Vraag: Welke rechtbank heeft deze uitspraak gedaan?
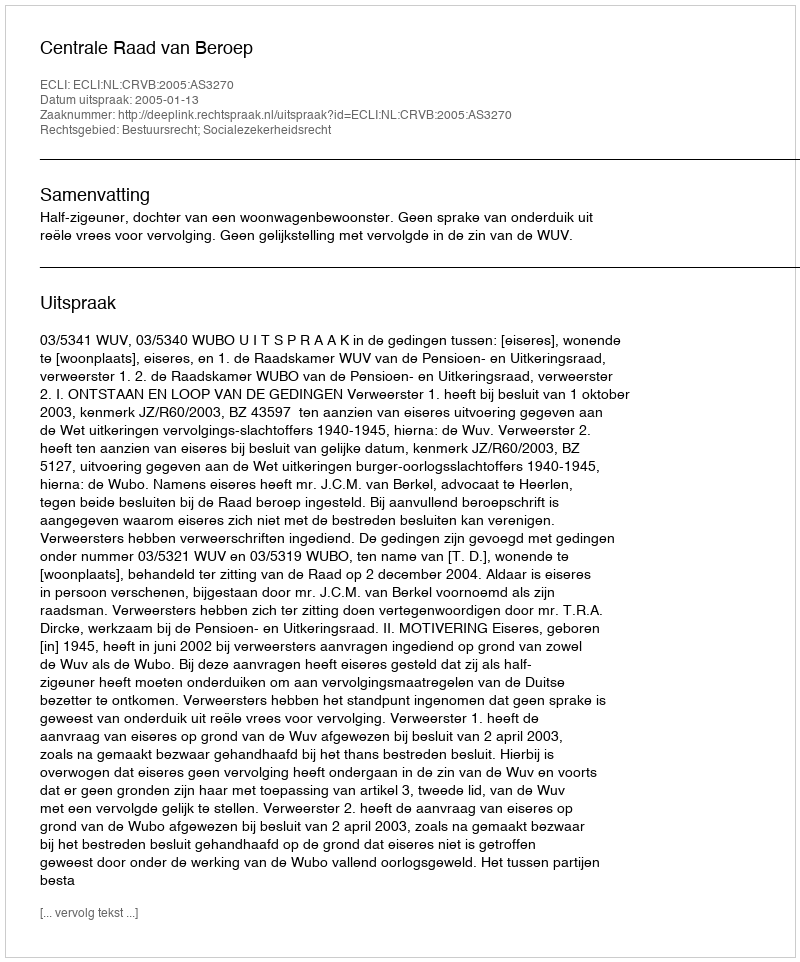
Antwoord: Centrale Raad van Beroep